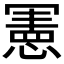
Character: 𭂅